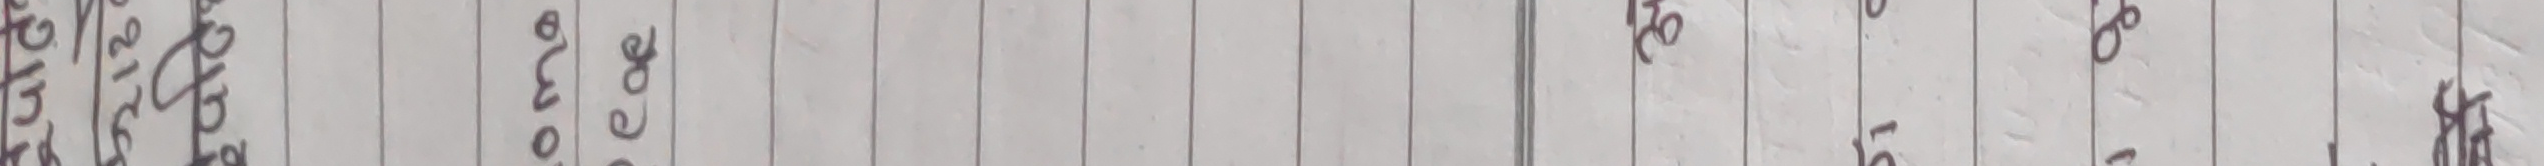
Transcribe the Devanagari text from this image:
१ ५ २०१५ ७ ९ ८ ७ १० १५ ४० ५०